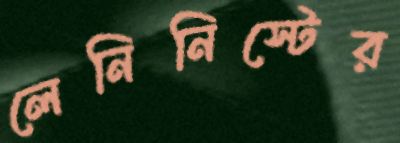
লেনিনিস্টের